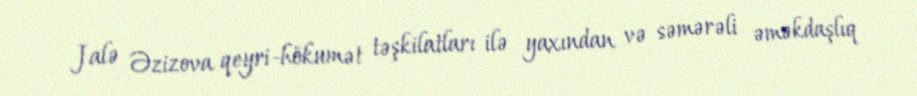
Jalə Əzizova qeyri-hökumət təşkilatları ilə yaxından və səmərəli əməkdaşlıq